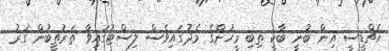
އެޗްޑީސީ އިން ބުނީ ބާކީ ތިބި މީހުންގެ މެދުގައިވެސް ލިސްޓުގައިވާ ތަރުތީބުން ގުރު